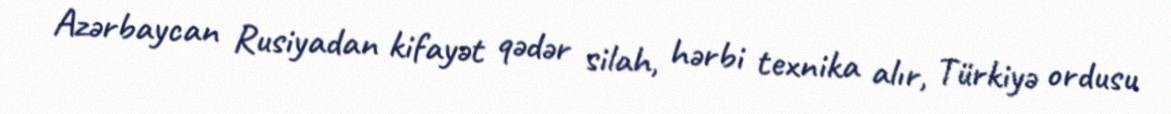
Azərbaycan Rusiyadan kifayət qədər silah, hərbi texnika alır, Türkiyə ordusu